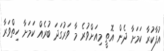
އުފާކުރާ ކަމަށާ ދެން އޮތީ މިއަށްވުރެ މާ ވަރުގަދަ ބުރެއް ކަމަށާ ހިތްވަރާ